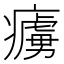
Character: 𤺿